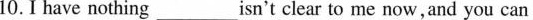
10. I have nothing ___ isn't clear to me now,and you can